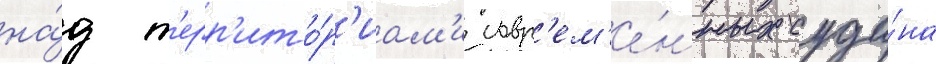
на́д т'ерр'ито́р'иам'и совр'ем'е́нных суда́на